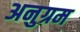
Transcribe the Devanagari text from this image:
अनुग्रम